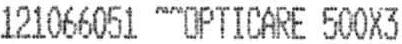
121066051 ~~OPTICARE 500X3